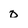
Character: 0